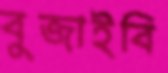
বুজাইবি